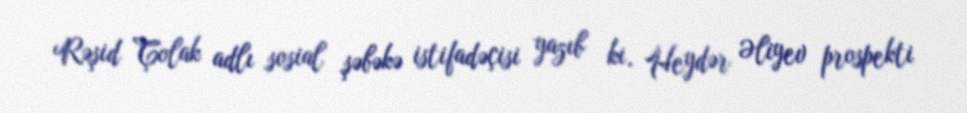
Rəşid Çolak adlı sosial şəbəkə istifadəçisi yazıb ki, Heydər Əliyev prospekti